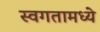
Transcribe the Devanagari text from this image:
स्वगतामध्ये